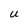
Character: U